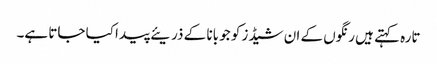
تارہ کہتے ہیں رنگوں کے ان شیڈز کو جو بانا کے ذریئے پیدا کیا جاتا ہے۔